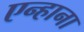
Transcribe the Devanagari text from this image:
एन्हाना